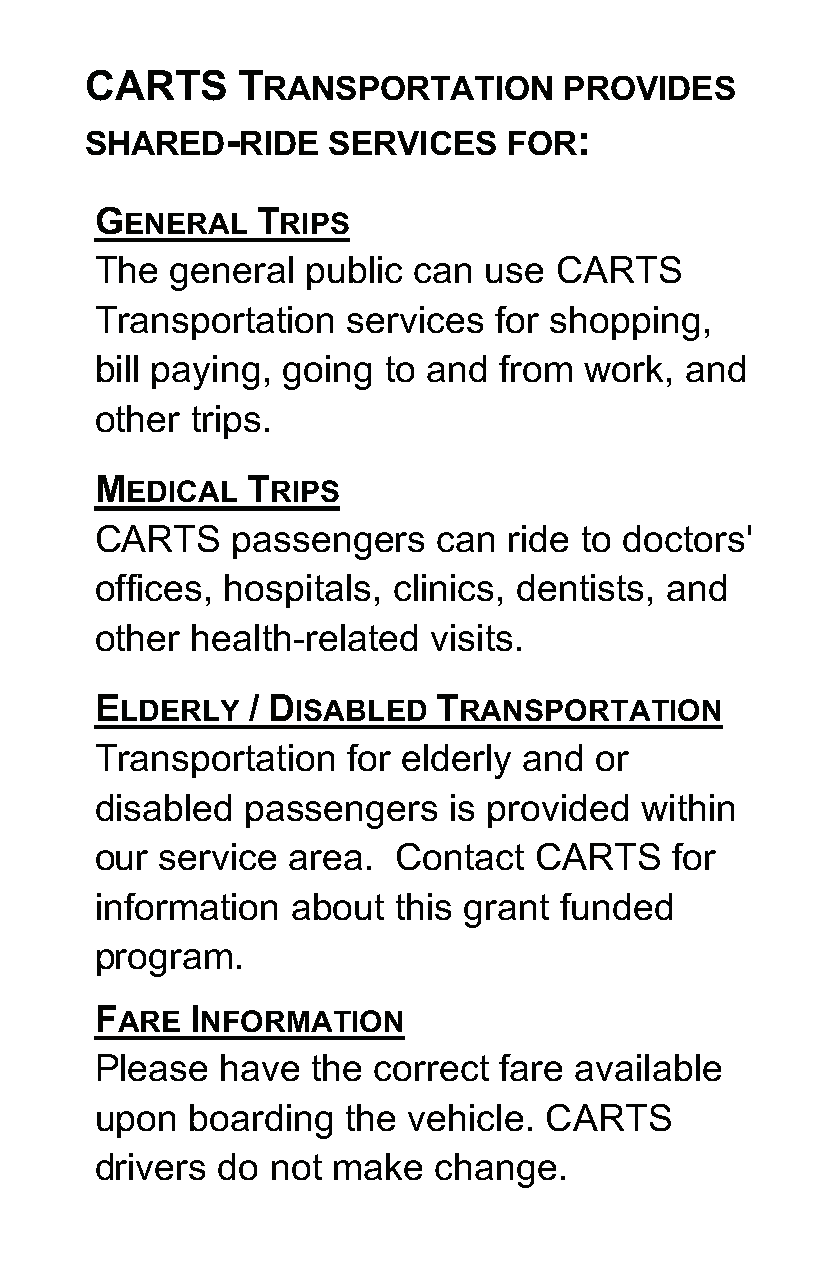
CARTS     TRANSPORTATION       PROVIDES                Services  are  provided  Monday   through
 SHARED-RIDE     SERVICES   FOR:                             Friday except  certain Holidays.
 GEN  ERAL  TRIPS                                       Please   call the CARTS   Office between
 The  general  public can  use  CARTS                             7:15 AM   and 5:15  PM
 Transportation   services  for shopping,
 for available  trip hours and fare
 bill paying, going to and  from  work, and
 information.
 other  trips.
 252-636-4917
 MEDICAL   TRIPS
 Hearing  Impaired   customers   may  call
 CARTS    passengers    can  ride to doctors'
 NC  relay  number
 offices, hospitals, clinics, dentists, and
 other  health-related visits.
 1-800-735-2962    or Dial 7-1-1
 ELDERLY   / DISABLED   TRANSPORTATION
 To  file Complaint/Comments     please
 Transportation   for elderly and or
 contact:
 disabled  passengers    is provided within
 CARTS    Director
 our  service area.  Contact  CARTS    for
 information  about  this grant funded                      2822  Neuse   Blvd, New   Bern  NC
 program.                                                                 28562
 FARE   INFORMATION
 Please   have  the correct fare available
 upon  boarding   the vehicle. CARTS
 drivers do  not make   change.